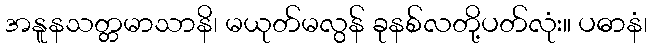
အနူနသတ္တမာသာနိ၊ မယုတ်မလွန် ခုနစ်လတို့ပတ်လုံး။ ပဓာနံ၊